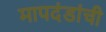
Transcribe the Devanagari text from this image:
मापदंडांची